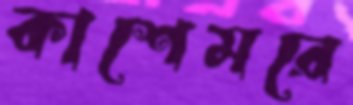
কাশেমরে